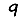
Digit: 9